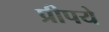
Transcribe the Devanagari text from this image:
प्रीपये